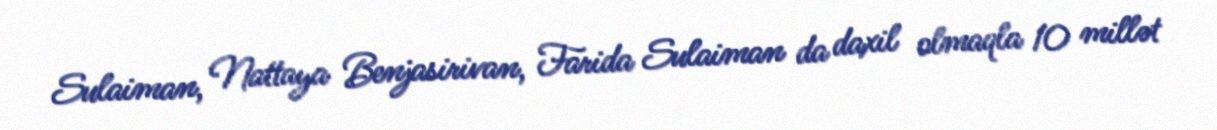
Sulaiman, Nattaya Benjasirivan, Farida Sulaiman da daxil olmaqla 10 millət